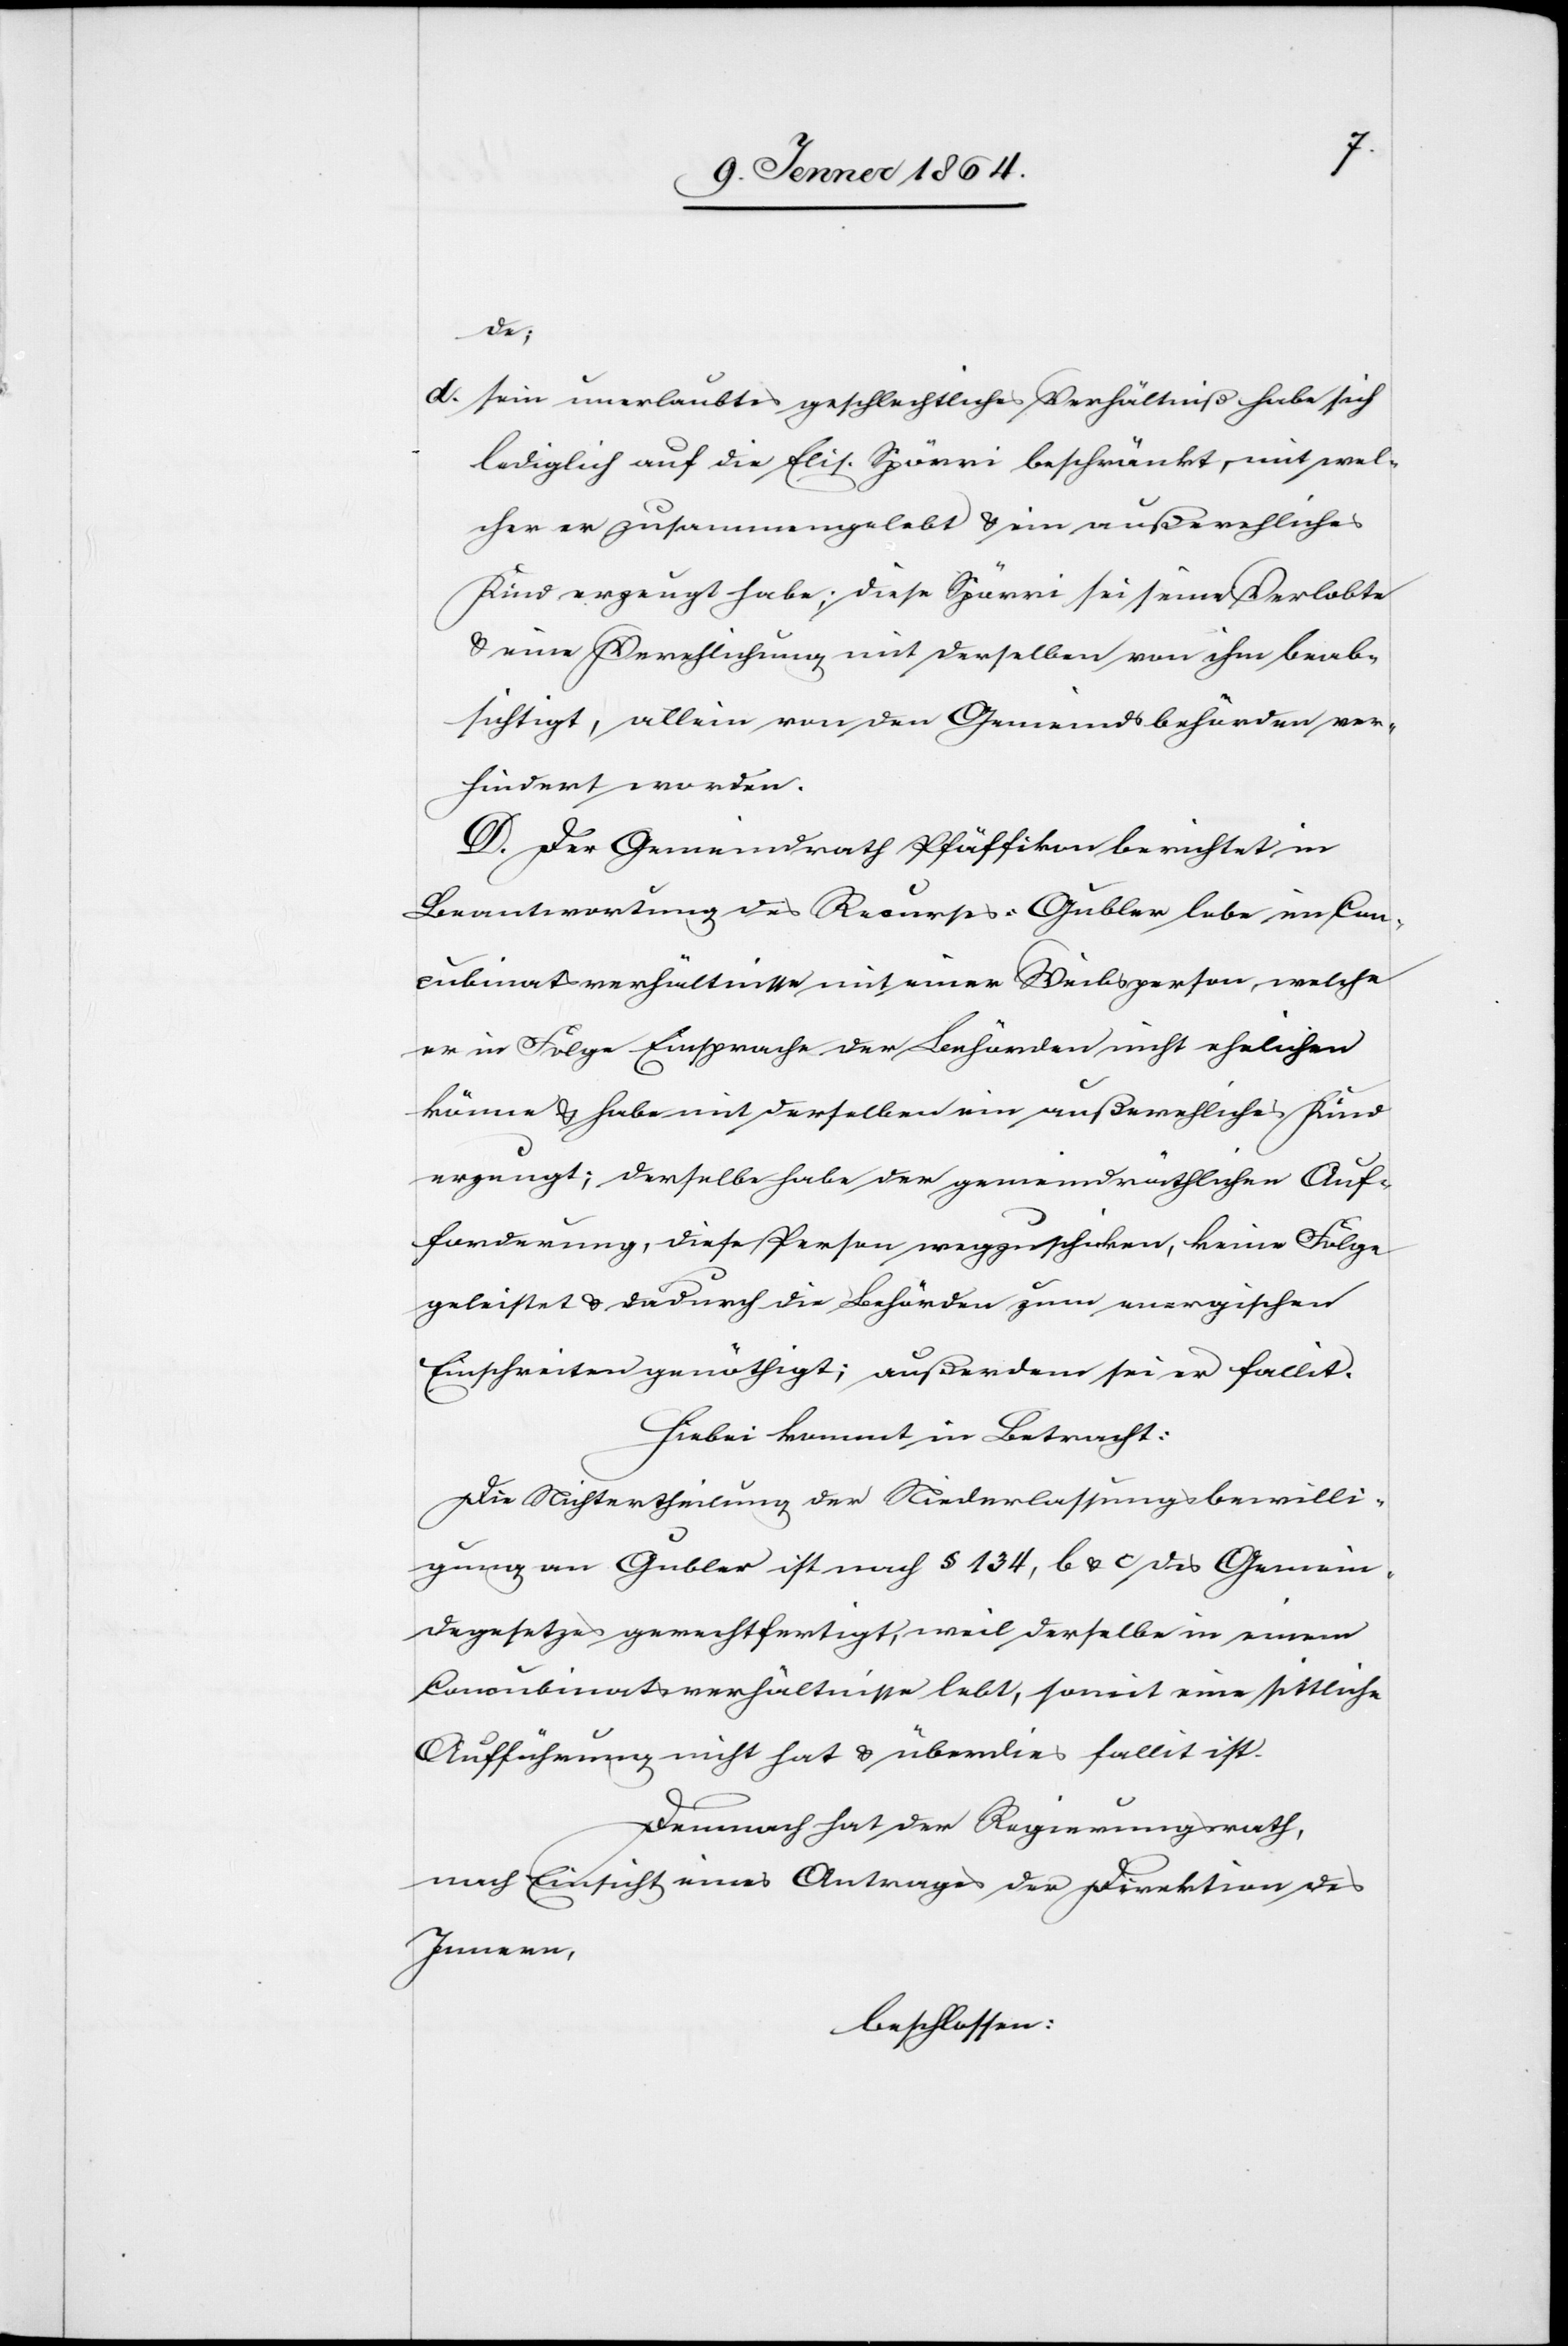
de;
d. sein unerlaubtes geschlechtliches Verhältniß habe sich
lediglich auf die [Elisabeth] Spörri beschränkt, mit wel¬
cher er zusammengelebt u. ein außerehliches
Kind erzeugt habe; diese Spörri sei seine Verlobte
u. eine Verehlichung mit derselben von ihm beab¬
sichtigt, allein von den Gemeindsbehörden ver¬
hindert worden.
D. Der Gemeindrath Pfäffikon berichtet in
Beantwortung des Recurses: Gubler lebe im Con¬
cubinatsverhältnisse mit einer Weibsperson, welche
er in Folge Einsprache der Behörden nicht ehelichen
könne u. habe mit derselben ein außerehliches Kind
erzeugt; derselbe habe der gemeindräthlichen Auf¬
forderung, diese Person wegzuschicken, keine Folge
geleistet u. dadurch die Behörden zum energischen
Einschreiten genöthigt; außerdem sei er fallit.
Hiebei kommt in Betracht:
Die Nichtertheilung der Niederlassungsbewilli¬
gung an Gubler ist nach § 134, b u. c des Gemein¬
degesetzes gerechtfertigt, weil derselbe in einem
Concubinatsverhältnisse lebt, somit eine sittliche
Aufführung nicht hat u. überdies fallit ist.
Demnach hat der Regierungsrath,
nach Einsicht eines Antrages der Direktion des
Innern,
beschlossen: